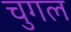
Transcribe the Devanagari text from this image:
चुगल